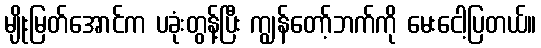
မျိုးမြတ်အောင်က ပခုံးတွန့်ပြီး ကျွန်တော့်ဘက်ကို မေးငေါ့ပြတယ်။